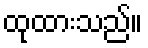
ထုထားသည်။